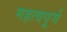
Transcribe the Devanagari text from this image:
महत्वपूर्म